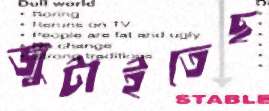
জুটাইতেছ